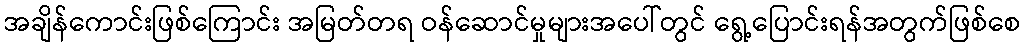
အချိန်ကောင်းဖြစ်ကြောင်း အမြတ်တရ ဝန်ဆောင်မှုများအပေါ်တွင် ရွေ့ပြောင်းရန်အတွက်ဖြစ်စေ